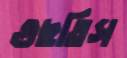
গুছতিস